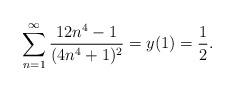
LaTeX: \begin{align*}\sum_{n=1}^{\infty}\frac{12 n^4-1}{(4 n^4+1 )^2}=y(1)=\frac 12.\end{align*}